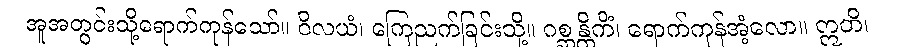
အူအတွင်းသို့ရောက်ကုန်သော်။ ဝိလယံ၊ ကြေညက်ခြင်းသို့။ ဂစ္ဆန္တိကိံ၊ ရောက်ကုန်အံ့လော။ ဣတိ၊